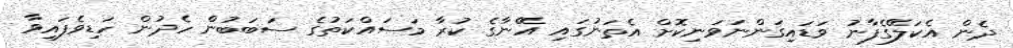
ދެން އެކަލޭގެފާނު ވަޑައިގަންނަވަނިކޮށް އެތަނުގައި އޭނާގެ ކުރާ މަސައްކަތުގެ ސަބަބުން ހެދުން ހަޑިވެފައިވާ